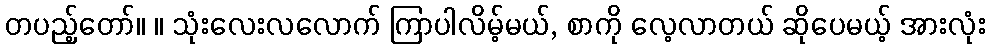
တပည့်တော်။ ။ သုံးလေးလလောက် ကြာပါလိမ့်မယ်, စာကို လေ့လာတယ် ဆိုပေမယ့် အားလုံး